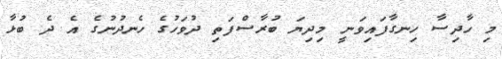
މި ހާދިސާ ހިނގާފައިވަނީ މިދިޔަ ބުރާސްފަތި ދުވަހުގެ ހެނދުނުގެ އެ ދެ ބުޅާ